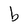
Character: b